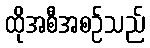
ထိုအစီအစဉ်သည်